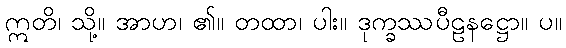
ဣတိ၊ သို့။ အာဟ၊ ၏။ တထာ၊ ပါး။ ဒုက္ခဿပီဠနဋ္ဌော။ ပ။